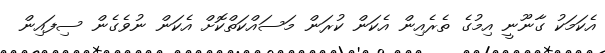
އެކަމަކު ގާނޫނީ އިމުގެ ތެރެއިން އެކަން ކުރަން މަސައްކަތްކޮށް އެކަން ނުވެގެން ސިފައިން